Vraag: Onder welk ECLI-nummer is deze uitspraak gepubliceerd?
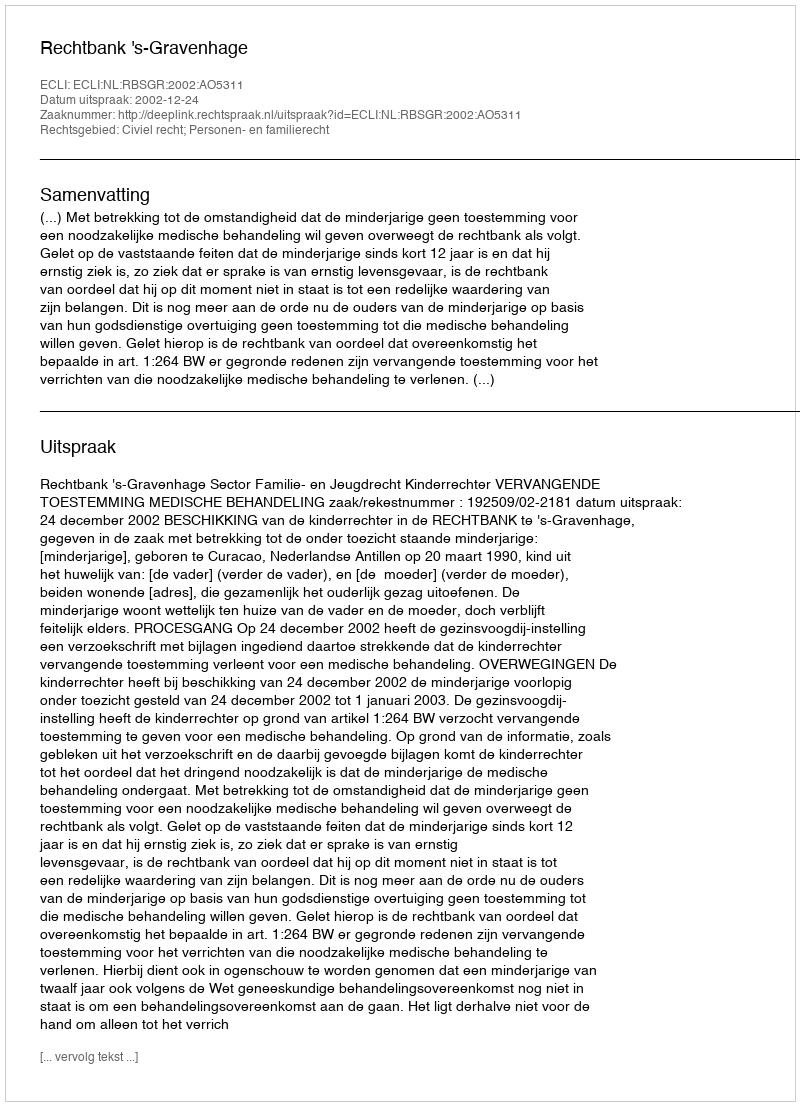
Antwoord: ECLI:NL:RBSGR:2002:AO5311